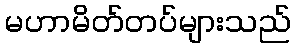
မဟာမိတ်တပ်များသည်